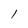
Character: 1